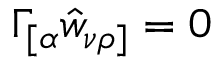
\Gamma _ { [ \alpha } \hat { w } _ { \nu \rho ] } = 0